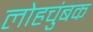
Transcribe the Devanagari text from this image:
लोहचुंबक